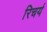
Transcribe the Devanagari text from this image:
रिचर्य